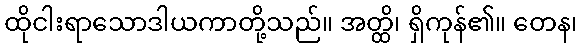
ထိုငါးရာသောဒါယကာတို့သည်။ အတ္ထိ၊ ရှိကုန်၏။ တေန၊